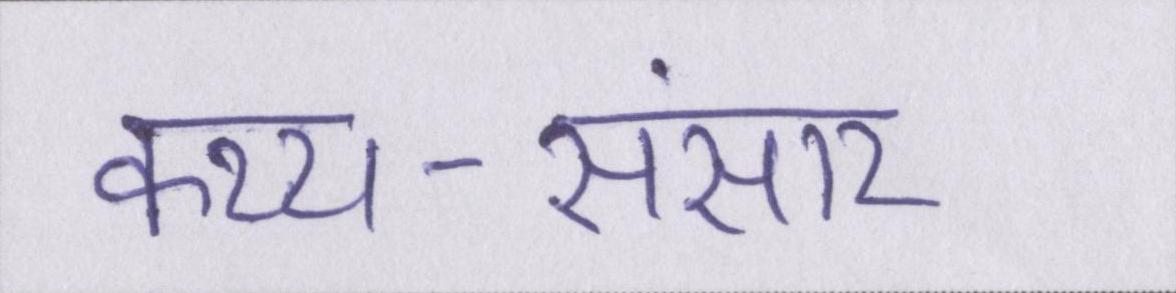
कथ्य-संसार